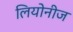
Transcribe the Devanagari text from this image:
लियोनीज